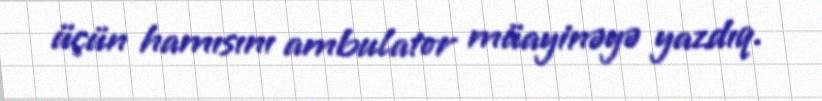
üçün hamısını ambulator müayinəyə yazdıq.